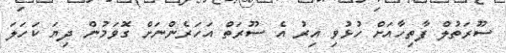
ސޫރަތުލް ފާތިހާއަށް ހުޅުވި އިރު އެ ސޫރަތް އަހަރެންނަށް ގޮވަމުން ދިޔަ ކަހަލަ